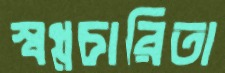
স্বপ্নচারিতা